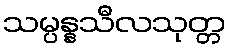
သမ္ပန္နသီလသုတ္တ